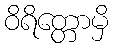
ဝိရိတ္တောမှိ